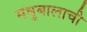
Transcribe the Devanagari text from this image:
मधुबालाची